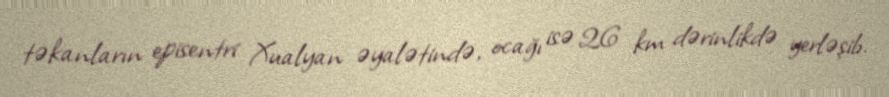
təkanların episentri Xualyan əyalətində, ocağı isə 26 km dərinlikdə yerləşib.